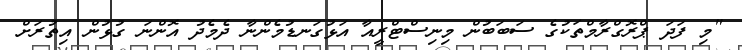
"މި ފަދަ ޕްރޮގްރާމްތަކުގެ ސަބަބުން މިނިސްޓްރީއާ އަޅުގަނޑުމެންނާ ދެމެދު އޮންނަ ގުޅުން އިތުރަށް